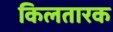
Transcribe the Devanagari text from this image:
किलतारक